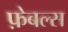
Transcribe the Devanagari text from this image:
फ़ेबल्स